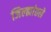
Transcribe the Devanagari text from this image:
जिल्ह्यांतले